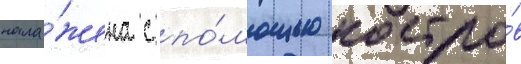
нала́жена с по́мощью костро́в